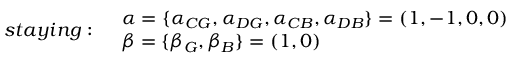
\begin{array} { l l } { s t a y i n g : } & { \begin{array} { l } { \alpha = \{ \alpha _ { C G } , \alpha _ { D G } , \alpha _ { C B } , \alpha _ { D B } \} = ( 1 , - 1 , 0 , 0 ) } \\ { \beta = \{ \beta _ { G } , \beta _ { B } \} = ( 1 , 0 ) } \end{array} } \end{array}